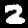
Digit: 2